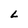
Character: L